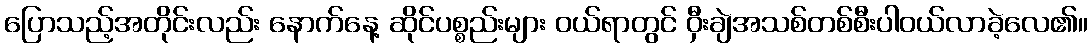
ပြောသည့်အတိုင်းလည်း နောက်နေ့ ဆိုင်ပစ္စည်းများ ဝယ်ရာတွင် ဝှီးချဲအသစ်တစ်စီးပါဝယ်လာခဲ့လေ၏။